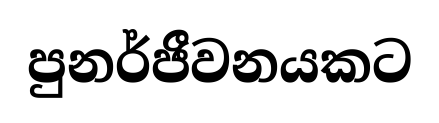
පුනර්ජීවනයකට